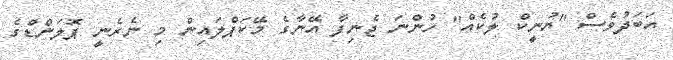
އަބަދުވެސް "ޔުނީކް ލުކެއް" ހުންނަ ޖެނިފާ އޭނާގެ މޭކަޕްލައިން މި ނެރެނީ ޕޮލަންޑްގެ